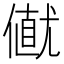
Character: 𠎟